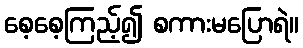
စေ့စေ့ကြည့်၍ စကားမပြောရဲ။